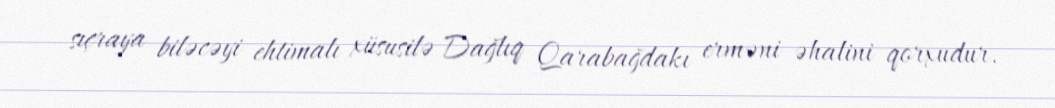
sıçraya biləcəyi ehtimalı xüsusilə Dağlıq Qarabağdakı erməni əhalini qorxudur.